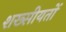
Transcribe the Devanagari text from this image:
शख्सीयतों